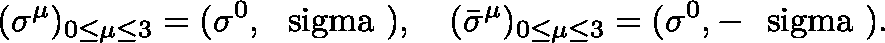
( { \sigma } ^ { \mu } ) _ { 0 \le \mu \le 3 } = ( \sigma ^ { 0 } , \mathrm { \boldmath ~ \ s i g m a ~ } ) , \quad ( { \bar { \sigma } } ^ { \mu } ) _ { 0 \le \mu \le 3 } = ( \sigma ^ { 0 } , - \mathrm { \boldmath ~ \ s i g m a ~ } ) .